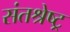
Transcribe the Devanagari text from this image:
संतश्रेष्ट्र